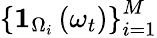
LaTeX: \left\{ \mathbf{1}_{\Omega_{i}}\left(\omega_{t}\right)\right\} _{i=1}^{M}